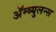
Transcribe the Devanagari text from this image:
ॲम्ब्युलन्स